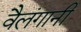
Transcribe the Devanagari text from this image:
वैलंगानी